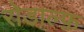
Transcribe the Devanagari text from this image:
रोडाल्फ़